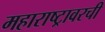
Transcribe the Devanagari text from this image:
महाराष्ट्रावरची